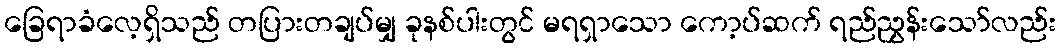
ခြေရာခံလေ့ရှိသည် တပြားတချပ်မျှ ခုနစ်ပါးတွင် မရရှာသော ကော့ပ်ဆက် ရည်ညွှန်းသော်လည်း